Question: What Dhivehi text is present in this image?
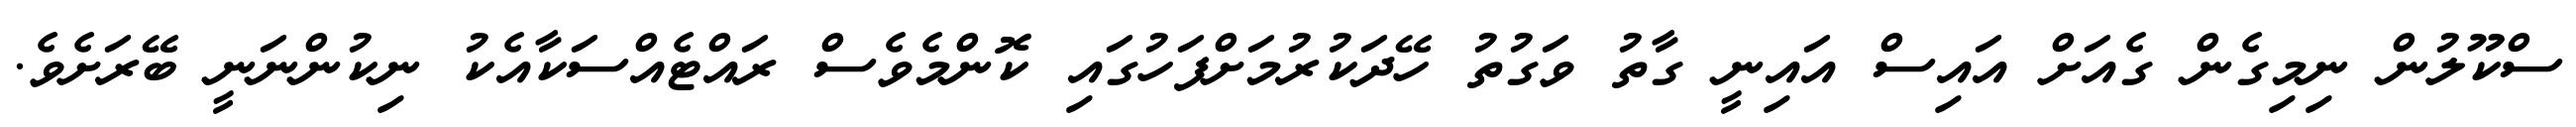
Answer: ސްކޫލުން ނިމިގެން ގެއަށް އައިސް އައިނީ ގާތު ވަގުތު ހޭދަކުރުމަށްފަހުގައި ކޮންމެވެސް ރައްޓެއްސަކާއެކު ނިކުންނަނީ ބޭރަށެވެ.